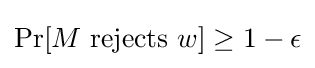
{\text{Pr}}[M{\text{ rejects }}w]\geq 1-\epsilon